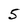
Character: 5